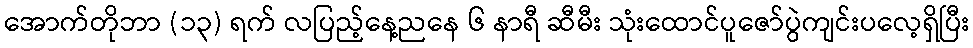
အောက်တိုဘာ (၁၃) ရက် လပြည့်နေ့ညနေ ၆ နာရီ ဆီမီး သုံးထောင်ပူဇော်ပွဲကျင်းပလေ့ရှိပြီး